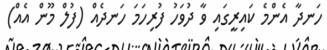
ހަނދާ އެންމެ ކައިރީގައި ވާ ދުވަހު ފުރިހަމަ ހަނދެއް (ފުލް މޫން އެއް)